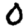
Digit: 0